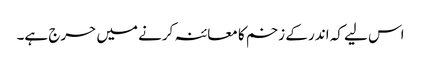
اس لیے کہ اندر کے زخم کا معائنہ کرنے میں حرج ہے۔